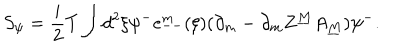
S _ { \psi } = { \frac { i } { 2 } } T \int d ^ { 2 } \xi \psi ^ { - } e _ { -- } ^ { m } ( \xi ) ( \partial _ { m } - \partial _ { m } Z ^ { \underline { { M } } } A _ { \underline { { M } } } ) \psi ^ { - } .